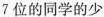
7位的同学的少